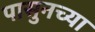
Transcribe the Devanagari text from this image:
पासुनच्या